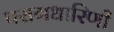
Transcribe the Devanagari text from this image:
परागधारिणी